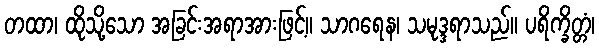
တထာ၊ ထိုသို့သော အခြင်းအရာအားဖြင့်။ သာဂရေန၊ သမုဒ္ဒရာသည်။ ပရိက္ခိတ္တံ၊